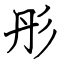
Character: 彤